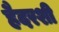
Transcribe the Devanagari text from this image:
हैदरशी